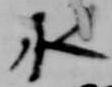
水